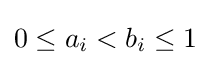
0\leq a_{i}<b_{i}\leq 1